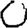
Digit: 0